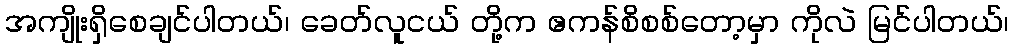
အကျိုးရှိစေချင်ပါတယ်၊ ခေတ်လူငယ် တို့က ဧကန်စိစစ်တော့မှာ ကိုလဲ မြင်ပါတယ်၊